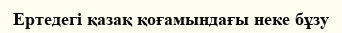
Ертедегі қазақ қоғамындағы неке бұзу